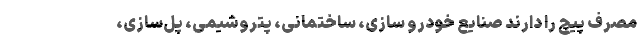
مصرف پیچ را دارند صنایع خودرو سازی، ساختمانی، پتروشیمی، پل‌سازی،